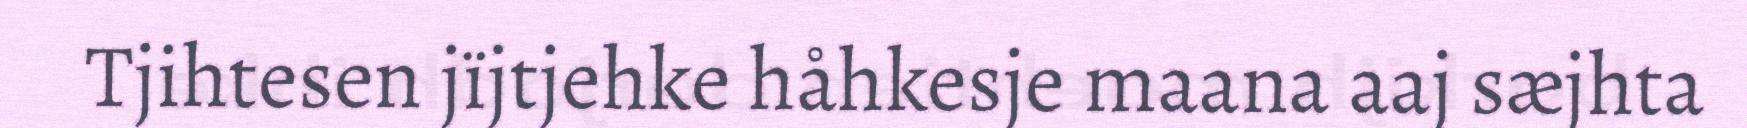
Tjihtesen jïjtjehke håhkesje maana aaj sæjhta